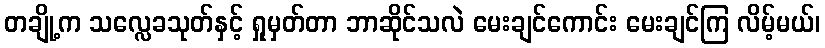
တချို့က သလ္လေခသုတ်နှင့် ရှုမှတ်တာ ဘာဆိုင်သလဲ မေးချင်ကောင်း မေးချင်ကြ လိမ့်မယ်၊